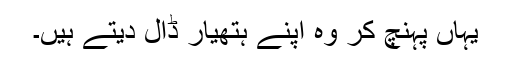
یہاں پہنچ کر وہ اپنے ہتھیار ڈال دیتے ہیں۔